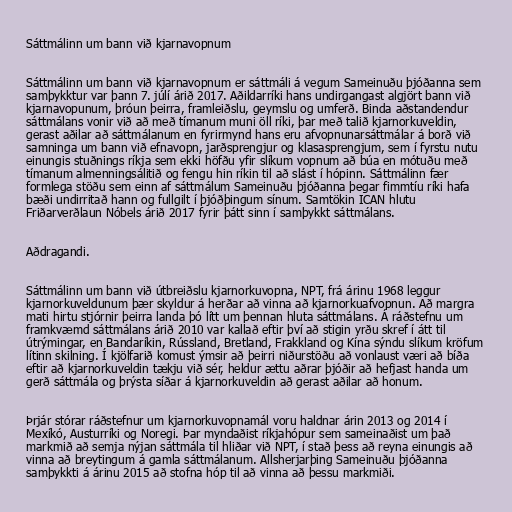
Sáttmálinn um bann við kjarnavopnum

Sáttmálinn um bann við kjarnavopnum er sáttmáli á vegum Sameinuðu þjóðanna sem
samþykktur var þann 7. júlí árið 2017. Aðildarríki hans undirgangast algjört bann við
kjarnavopunum, þróun þeirra, framleiðslu, geymslu og umferð. Binda aðstandendur
sáttmálans vonir við að með tímanum muni öll ríki, þar með talið kjarnorkuveldin,
gerast aðilar að sáttmálanum en fyrirmynd hans eru afvopnunarsáttmálar á borð við
samninga um bann við efnavopn, jarðsprengjur og klasasprengjum, sem í fyrstu nutu
einungis stuðnings ríkja sem ekki höfðu yfir slíkum vopnum að búa en mótuðu með
tímanum almenningsálitið og fengu hin ríkin til að slást í hópinn. Sáttmálinn fær
formlega stöðu sem einn af sáttmálum Sameinuðu þjóðanna þegar fimmtíu ríki hafa
bæði undirritað hann og fullgilt í þjóðþingum sínum. Samtökin ICAN hlutu
Friðarverðlaun Nóbels árið 2017 fyrir þátt sinn í samþykkt sáttmálans.

Aðdragandi.

Sáttmálinn um bann við útbreiðslu kjarnorkuvopna, NPT, frá árinu 1968 leggur
kjarnorkuveldunum þær skyldur á herðar að vinna að kjarnorkuafvopnun. Að margra
mati hirtu stjórnir þeirra landa þó lítt um þennan hluta sáttmálans. Á ráðstefnu um
framkvæmd sáttmálans árið 2010 var kallað eftir því að stigin yrðu skref í átt til
útrýmingar, en Bandaríkin, Rússland, Bretland, Frakkland og Kína sýndu slíkum kröfum
lítinn skilning. Í kjölfarið komust ýmsir að þeirri niðurstöðu að vonlaust væri að bíða
eftir að kjarnorkuveldin tækju við sér, heldur ættu aðrar þjóðir að hefjast handa um
gerð sáttmála og þrýsta síðar á kjarnorkuveldin að gerast aðilar að honum.

Þrjár stórar ráðstefnur um kjarnorkuvopnamál voru haldnar árin 2013 og 2014 í
Mexíkó, Austurríki og Noregi. Þar myndaðist ríkjahópur sem sameinaðist um það
markmið að semja nýjan sáttmála til hliðar við NPT, í stað þess að reyna einungis að
vinna að breytingum á gamla sáttmálanum. Allsherjarþing Sameinuðu þjóðanna
samþykkti á árinu 2015 að stofna hóp til að vinna að þessu markmiði.